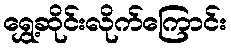
ရွှေ့ဆိုင်းလိုက်ကြောင်း